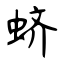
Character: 蛴